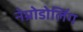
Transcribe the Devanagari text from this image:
नेम्रोडोलिंग